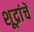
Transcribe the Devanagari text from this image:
शूद्रांचें